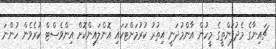
ޗައިނާގެ މެދުފަންތީގެ މީހުން އާންމުދަނީ އިތުރު ކުރުމަށްޓަކައި އޮންލައިންކޮށް އިންވެސްޓް ކުރެވެން ހުންނަ